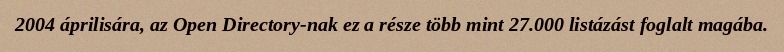
2004 áprilisára, az Open Directory-nak ez a része több mint 27.000 listázást foglalt magába.